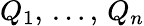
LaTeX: Q_{1},\, \ldots,\, Q_{n}